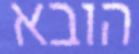
הובא